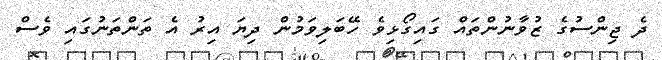
ދެ ޖިންސުގެ ޒުވާނުންތައް ގައިގޯޅިވެ ހޭބަލިވަމުން ދިޔަ އިރު އެ ތަންތަނުގައި ވެސް